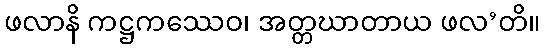
ဖလာနိ ကဋ္ဌကဿေဝ၊ အတ္တဃာတာယ ဖလ’တိ။